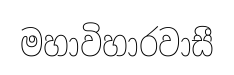
මහාවිහාරවාසී